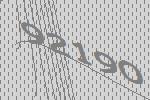
92190